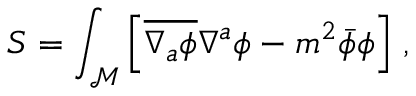
S = \int _ { \mathcal M } \left[ \overline { { { \nabla _ { a } \phi } } } \nabla ^ { a } \phi - m ^ { 2 } \bar { \phi } \phi \right] \, ,